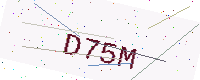
Text: D75M